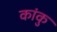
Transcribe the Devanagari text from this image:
कांकु